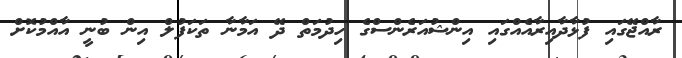
ރާއްޖޭގައި ފުޅާދާއިރާއެއްގައި އިންޝުއަރެންސްގެ ހިދުމަތް ދޭ އަމާނާ ތަކަފުލް އިން ބުނީ އާއްމުކޮށް